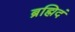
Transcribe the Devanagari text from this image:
ब्रह्मिदं